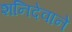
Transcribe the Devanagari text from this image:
शनिदेवाने